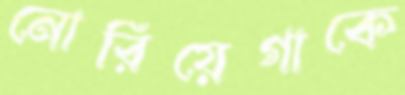
নোরিয়েগাকে